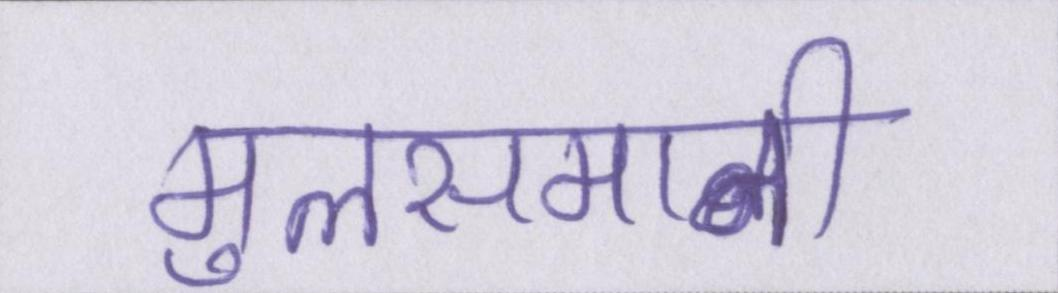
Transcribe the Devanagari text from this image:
मुलसमानी